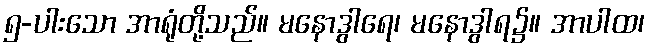
၅-ပါးသော အာရုံတို့သည်။ မနောဒွါရေ၊ မနောဒွါရ၌။ အာပါထ၊